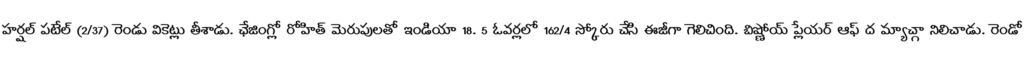
హర్షల్ పటేల్ (2/37) రెండు వికెట్లు తీశాడు. ఛేజింగ్లో రోహిత్ మెరుపులతో ఇండియా 18. 5 ఓవర్లలో 162/4 స్కోరు చేసి ఈజీగా గెలిచింది. బిష్ణోయ్ ప్లేయర్ ఆఫ్ ద మ్యాచ్గా నిలిచాడు. రెండో